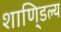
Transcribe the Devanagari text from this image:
शाणि्डल्य